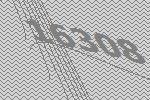
16308